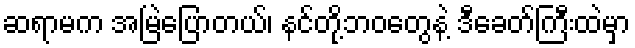
ဆရာမက အမြဲပြောတယ်၊ နင်တို့ဘဝတွေနဲ့ ဒီခေတ်ကြီးထဲမှာ